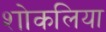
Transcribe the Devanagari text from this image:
शोकलिया